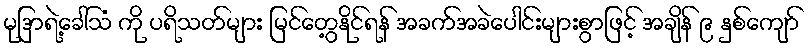
မုဒြာရဲ့ခေါ်သံ ကို ပရိသတ်များ မြင်တွေ့နိုင်ရန် အခက်အခဲပေါင်းများစွာဖြင့် အချိန် ၉ နှစ်ကျော်